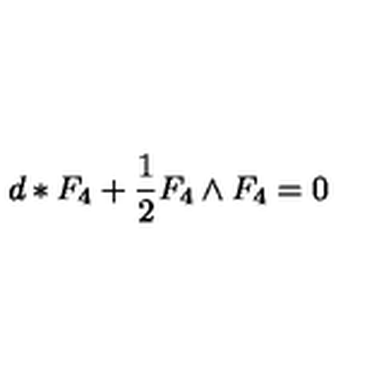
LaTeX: d * F _ { 4 } + \frac { 1 } { 2 } F _ { 4 } \wedge F _ { 4 } = 0